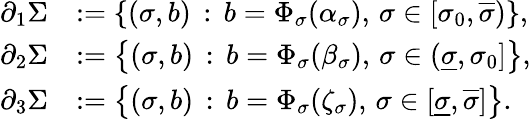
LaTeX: \begin{array}{rl}{\partial_{1}\Sigma}&{:=\left\{ (\sigma,b)\, :\, b=\Phi_{\sigma}(\alpha_{\sigma}),\, \sigma\in[\sigma_{0},\overline{\sigma})\right\} ,}\\ {\partial_{2}\Sigma}&{:=\left\{ (\sigma,b)\, :\, b=\Phi_{\sigma}(\beta_{\sigma}),\, \sigma\in(\underline{\sigma},\sigma_{0}]\right\} ,}\\ {\partial_{3}\Sigma}&{:=\left\{ (\sigma,b)\, :\, b=\Phi_{\sigma}(\zeta_{\sigma}),\, \sigma\in[\underline{\sigma},\overline{\sigma}]\right\} .}\end{array}